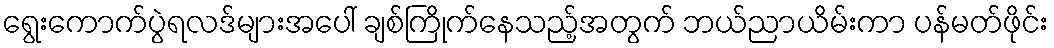
ရွေးကောက်ပွဲရလဒ်များအပေါ် ချစ်ကြိုက်နေသည့်အတွက် ဘယ်ညာယိမ်းကာ ပန်မတ်ဖိုင်း